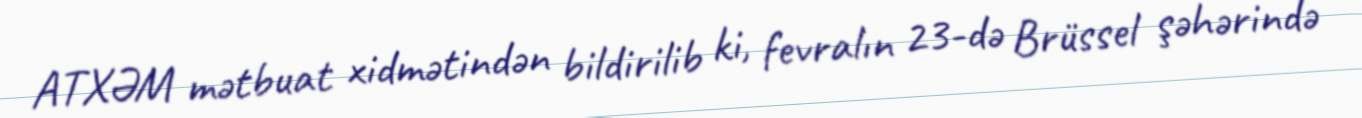
ATXƏM mətbuat xidmətindən bildirilib ki, fevralın 23-də Brüssel şəhərində